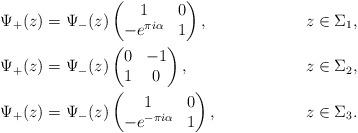
LaTeX: \begin{align*}&\Psi_+(z)=\Psi_-(z)\begin{pmatrix}1&0\\-e^{\pi i\alpha}&1\end{pmatrix}, &z\in\Sigma_1,\\&\Psi_+(z)=\Psi_-(z)\begin{pmatrix}0&-1\\1&0\end{pmatrix}, &z\in \Sigma_2,\\&\Psi_+(z)=\Psi_-(z)\begin{pmatrix}1&0\\-e^{-\pi i\alpha}&1\end{pmatrix}, &z\in\Sigma_3.\end{align*}